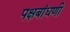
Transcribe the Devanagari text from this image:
पक्षबांधणी